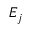
E _ { j }